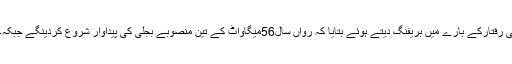
اجلاس میں چیف ایگزیکٹو پیڈواکبرایوب خان نے صوبے میں جاری پن بجلی کے منصوبوں پر کام کی رفتارکے بارے میں بریفنگ دیتے ہوئے بتایا کہ رواں سال56میگاواٹ کے تین منصوبے بجلی کی پیداوار شروع کردینگے جبکہ214میگاواٹ کے پانچ منصوبوں کروڑہ،جبوڑی،کوٹو،مٹلتان اورلاوی پر کام تیز ی سے جاری ہے۔